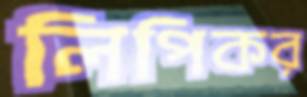
লিপিকর